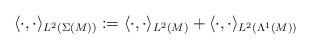
LaTeX: \begin{align*}\langle\cdot,\cdot\rangle_{L^2(\Sigma(M))}:=\langle\cdot,\cdot\rangle_{L^2(M)}+\langle\cdot,\cdot\rangle_{L^2(\Lambda^{1}(M))}\end{align*}